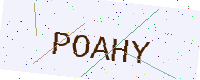
Text: POAHY